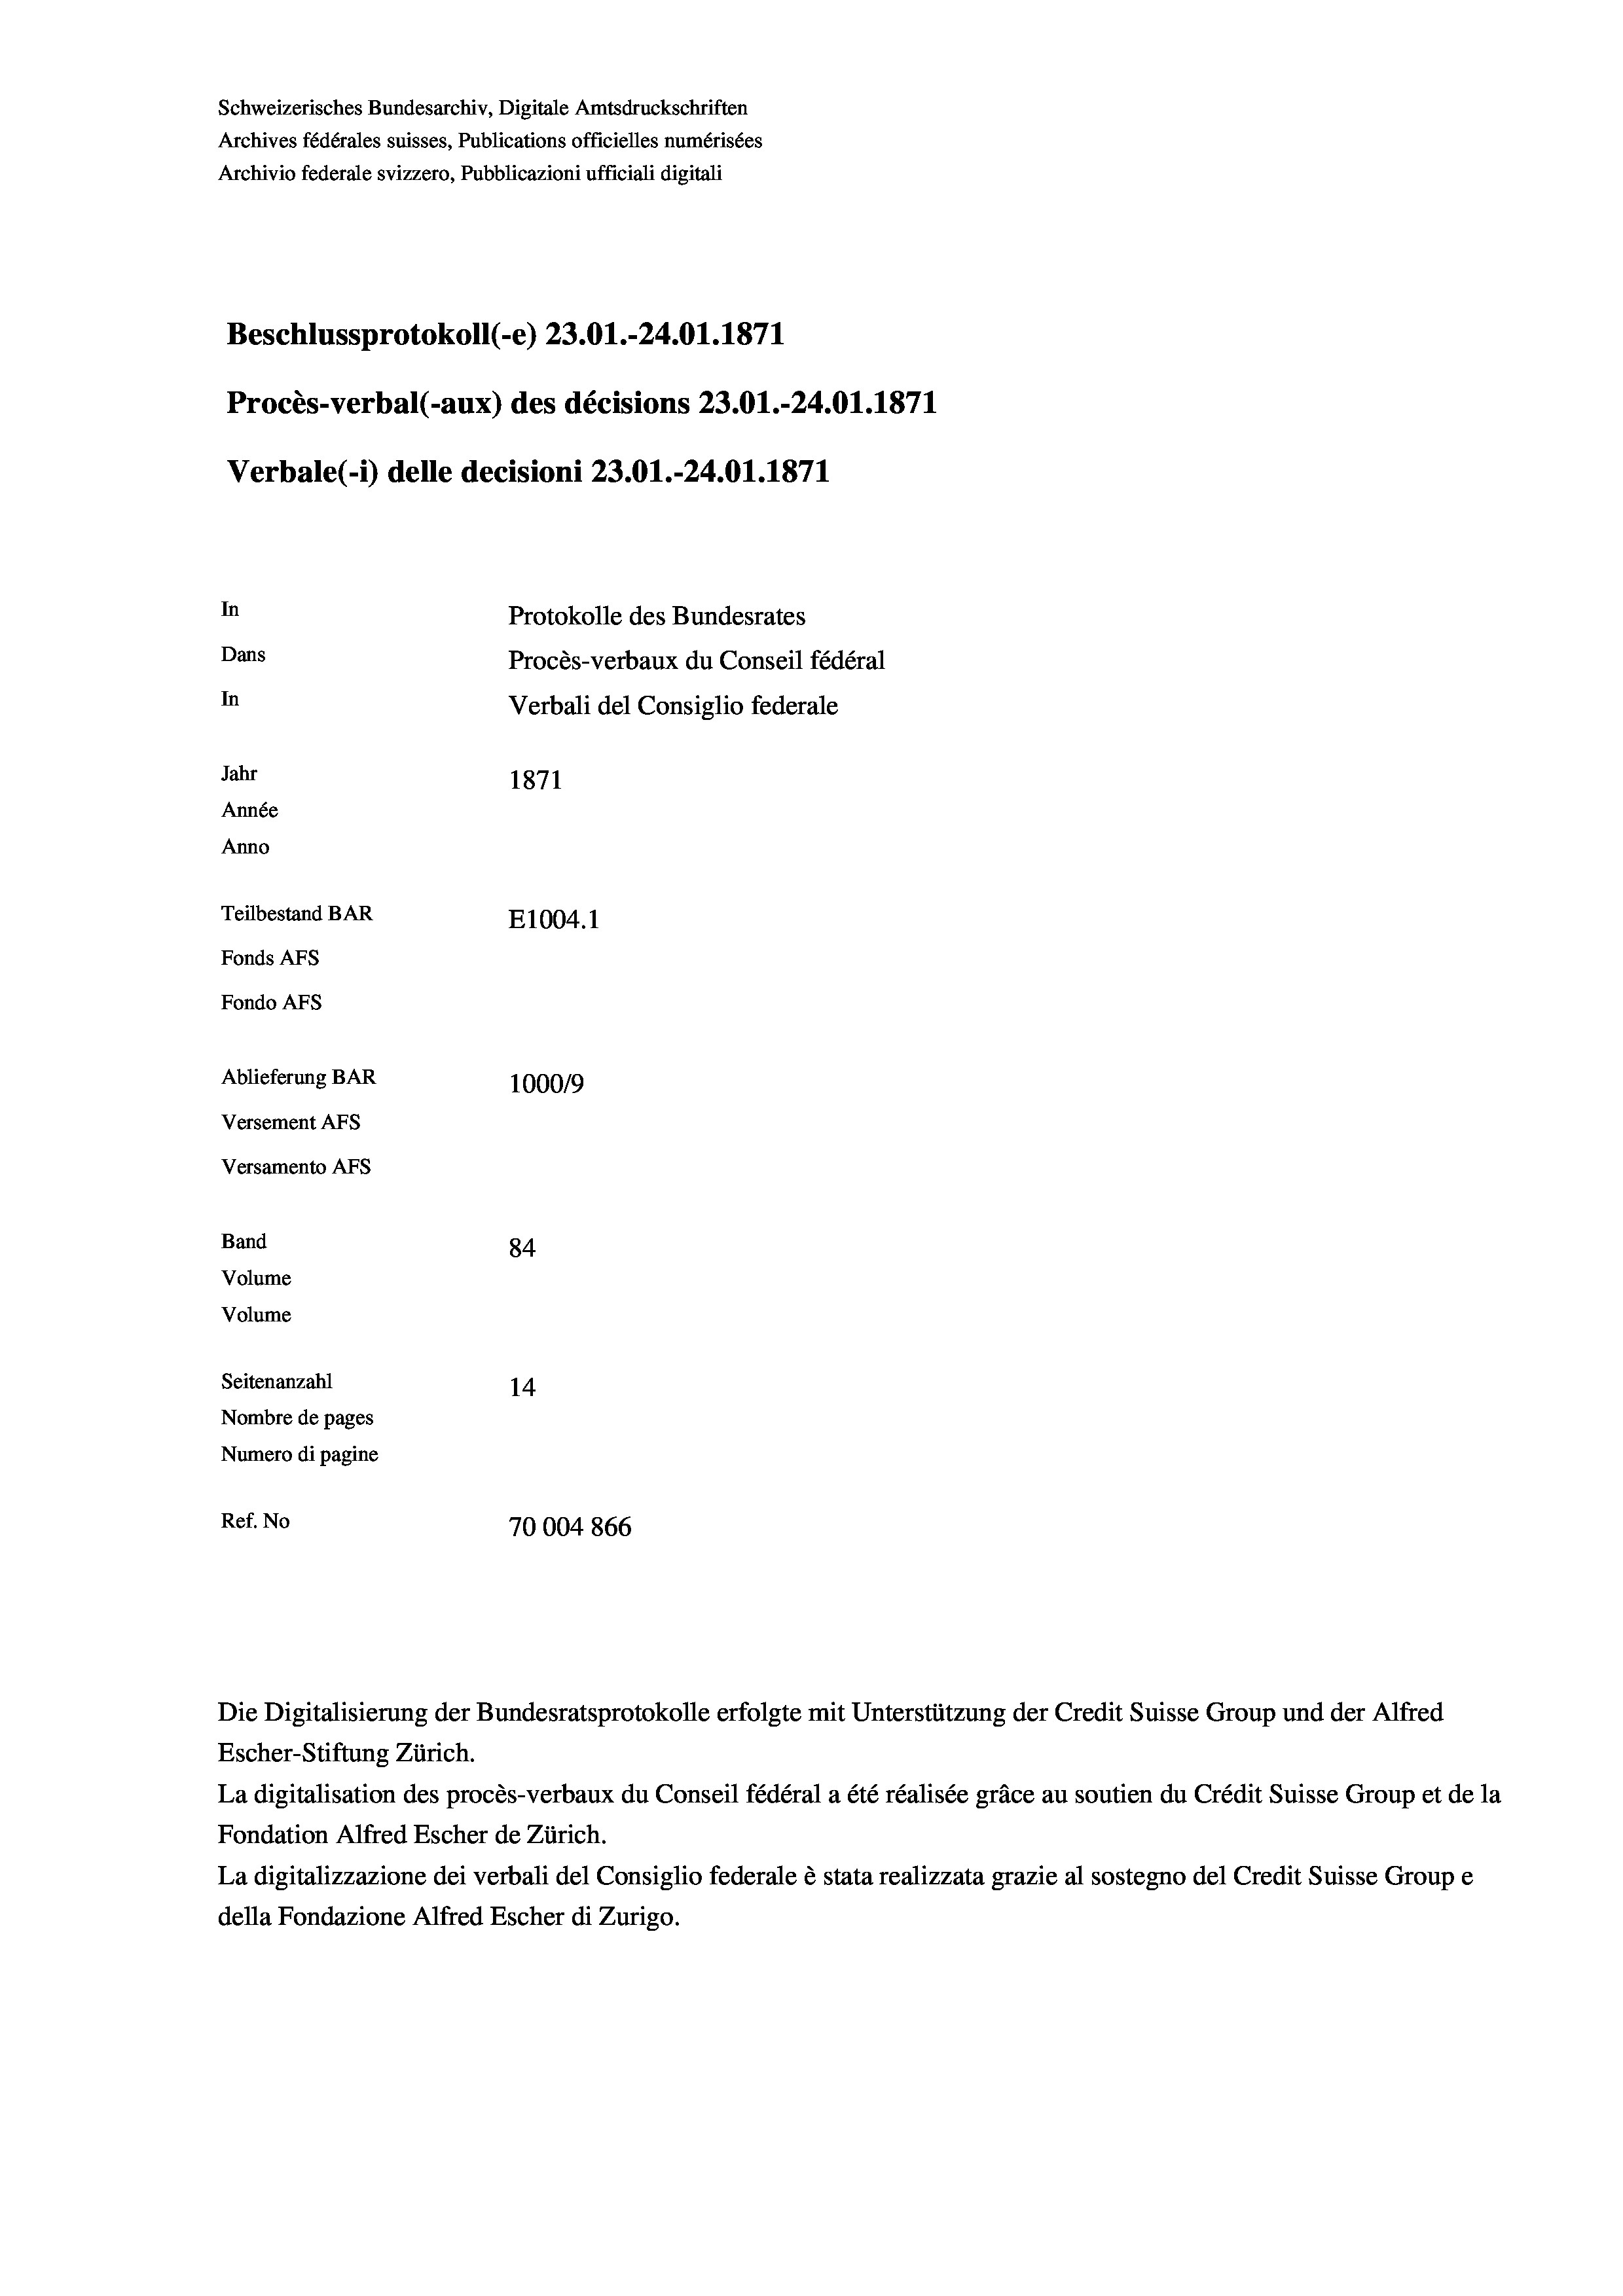
Schweizerisches Bundesarchiv, Digitale Amtsdruckschriften
Archives fédérales suisses, Publications officielles numérisées
Archivio federale svizzero, Pubblicazioni ufficiali digitali
Beschlussprotokoll (-e) 23.01.-24.01. 1871
Procès-verbal (-aux) des décisions 23.01.-24.01. 1871
Verbale (- 1) delle decisioni 23.01.-24.01. 1871
In
Protokolle des Bundesrates
Dans
Procès-verbaux du Conseil fédéral
In
Verbali del Consiglio federale
Jahr
1871
Année
Anno
Teilbestand BAR
E1004.1
Fonds Afs
Fondo AFS
Ablieferung BAR
100019
Versement Ans
Versamento Afs
Band
84
Volume
Volume
Seitenanzahl
14
Nombre de pages
Numero di pagine
Ref. No
70004 866

La digitalisation des procès-verbaux du Conseil fédéral a été réalisée gräce au soutien du Crédit Suisse Group et de la
Fondation Alfred Escher de Zürich.
La digitalizzazione dei verbali del Consiglio federale è stata realizzata grazie al sostegno del Credit Suisse Groupe
della Fondazione Alfred Escher di Zurigo.

Escher-Stiftung Zürich.

Die Digitalisierung der Bundesratsprotokolle erfolgte mit Unterstützung der Credit Suisse Group und der Alfred